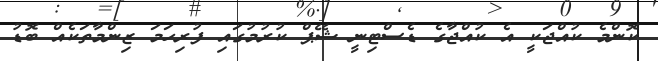
ކޮންމެ ކުއްޖަކީ އެ ކުއްޖާގެ ޑެސްޓިނީ ޝޭޕް ކުރުމުގައި ފުރިހަމަ ޒިންމާތަކެއް ބޮޑު